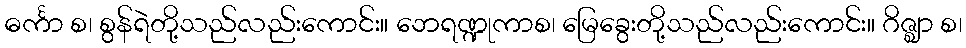
ဓင်္ကာ စ၊ စွန်ရဲတို့သည်လည်းကောင်း။ ဘေရဏ္ဍုကာစ၊ မြေခွေးတို့သည်လည်းကောင်း။ ဂိဇ္ဈာ စ၊